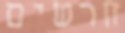
חרשים